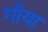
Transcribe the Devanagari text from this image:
गौया